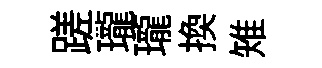
蹉瓏瓏換雉